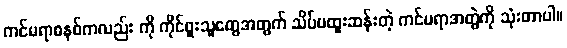
ကင်မရာစနစ်ကလည်း ကို ကိုင်ဖူးသူတွေအတွက် သိပ်မထူးဆန်းတဲ့ ကင်မရာအတွဲကို သုံးတာပါ။